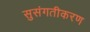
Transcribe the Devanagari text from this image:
सुसंगतीकरण